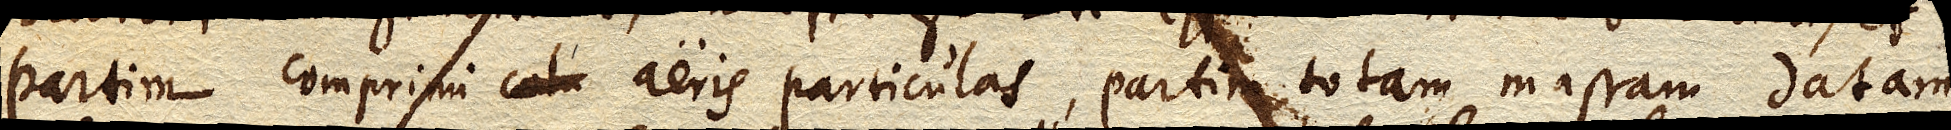
partim comprimi aeris particulas, partim totam massam datam